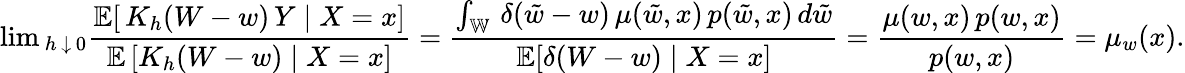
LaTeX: \mathrm{lim}_{\, h\, \downarrow\, 0}\frac{\mathbb{E}[\, K_{h}(W-w)\, Y\mid X=x]}{\mathbb{E}\, [K_{h}(W-w)\mid X=x]}=\frac{\int_{\mathbb{W}}\, \delta(\tilde{w}-w)\, \mu(\tilde{w},x)\, p(\tilde{w},x)\, d\tilde{w}}{\mathbb{E}[\delta(W-w)\mid X=x]}=\frac{\mu(w,x)\, p(w,x)}{p(w,x)}=\mu_{w}(x).